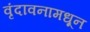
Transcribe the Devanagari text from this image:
वृंदावनामधून